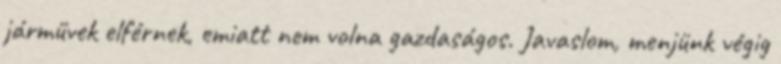
járművek elférnek, emiatt nem volna gazdaságos. Javaslom, menjünk végig